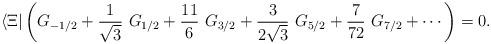
LaTeX: \begin{align*}\langle \Xi | \left( G_{-1/2} + \frac{1}{\sqrt{3}}\ G_{1/2} + \frac{11}{6}\ G_{3/2} + \frac{3}{2\sqrt{3}}\ G_{5/2} + \frac{7}{72}\ G_{7/2} + \cdots \right) = 0.\end{align*}